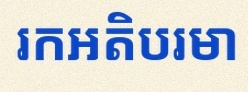
រកអតិបរមា